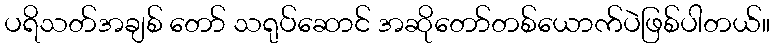
ပရိသတ်အချစ် တော် သရုပ်ဆောင် အဆိုတော်တစ်ယောက်ပဲဖြစ်ပါတယ်။